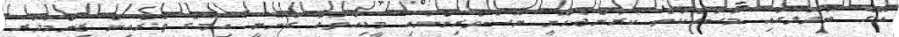
އޭގެ ބަދަލުގައި މަސައްކަތް ކުރަންޖެހޭނީ ނޫސްވެރިންނާއި މީޑިއާތައް ގާނޫނީ އިމުގެ ތެރެއިން ޒިންމާދާރު